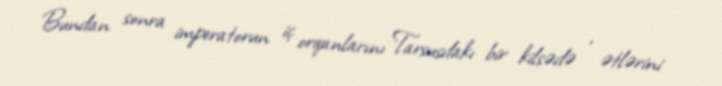
Bundan sonra imperatorun iç orqanlarını Tarsusdakı bir kilsədə , ətlərini